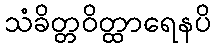
သံခိတ္တဝိတ္ထာရေနပိ